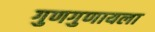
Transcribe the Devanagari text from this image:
गुणगुणायला